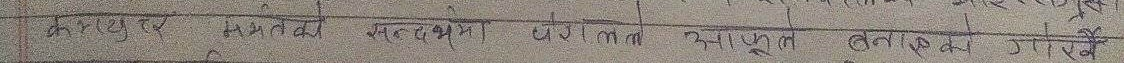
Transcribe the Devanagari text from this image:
क मशुर मनावा महाभवन निर्माण अनुकूल बनाइ राखें